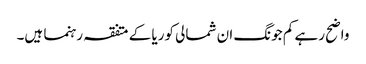
واضح رہے کم جونگ ان شمالی کوریا کے متفقہ رہنما ہیں۔